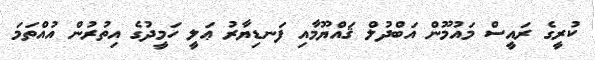
ކުރީގެ ރައީސް މައުމޫން އަބްދުލް ޤައްޔޫމާއި ފަނޑިޔާރު ޢަލީ ހަމީދުގެ އިތުރުން އުއްތަމަ